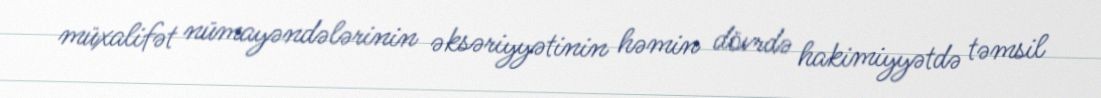
müxalifət nümayəndələrinin əksəriyyətinin həmin dövrdə hakimiyyətdə təmsil